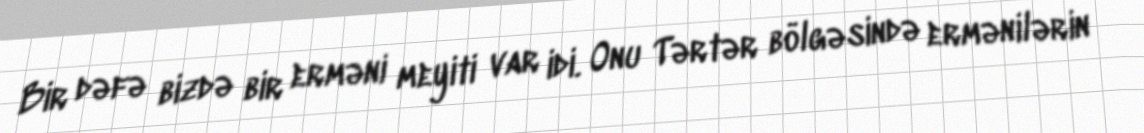
Bir dəfə bizdə bir erməni meyiti var idi. Onu Tərtər bölgəsində ermənilərin